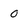
Character: O